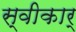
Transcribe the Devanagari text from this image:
स्वीकार्